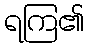
ရကြ၏